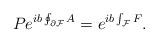
LaTeX: \begin{align*}P e^{ib\oint_{\partial{\cal F}}A}=e^{ib\int_{{\cal F}}F}.\end{align*}